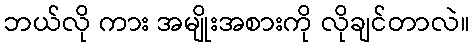
ဘယ်လို ကား အမျိုးအစားကို လိုချင်တာလဲ။